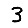
Digit: 3